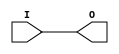
module IBUF_PCIX66_3 (O, I);

    output O;

    input  I;

	buf B1 (O, I);


endmodule